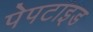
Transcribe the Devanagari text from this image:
पेपटाइड